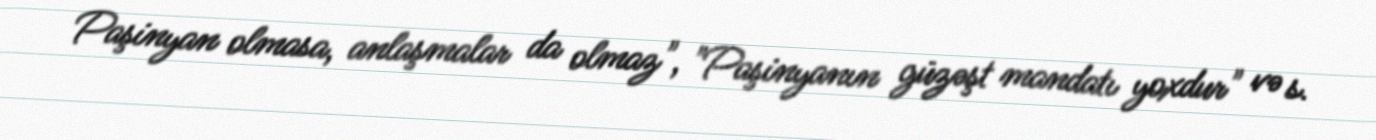
Paşinyan olmasa, anlaşmalar da olmaz", "Paşinyanın güzəşt mandatı yoxdur" və s.